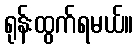
ရုန်းထွက်ရမယ်။